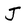
Character: J